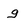
Character: g